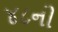
૪૮ની